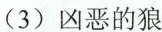
(3)凶恶的狼